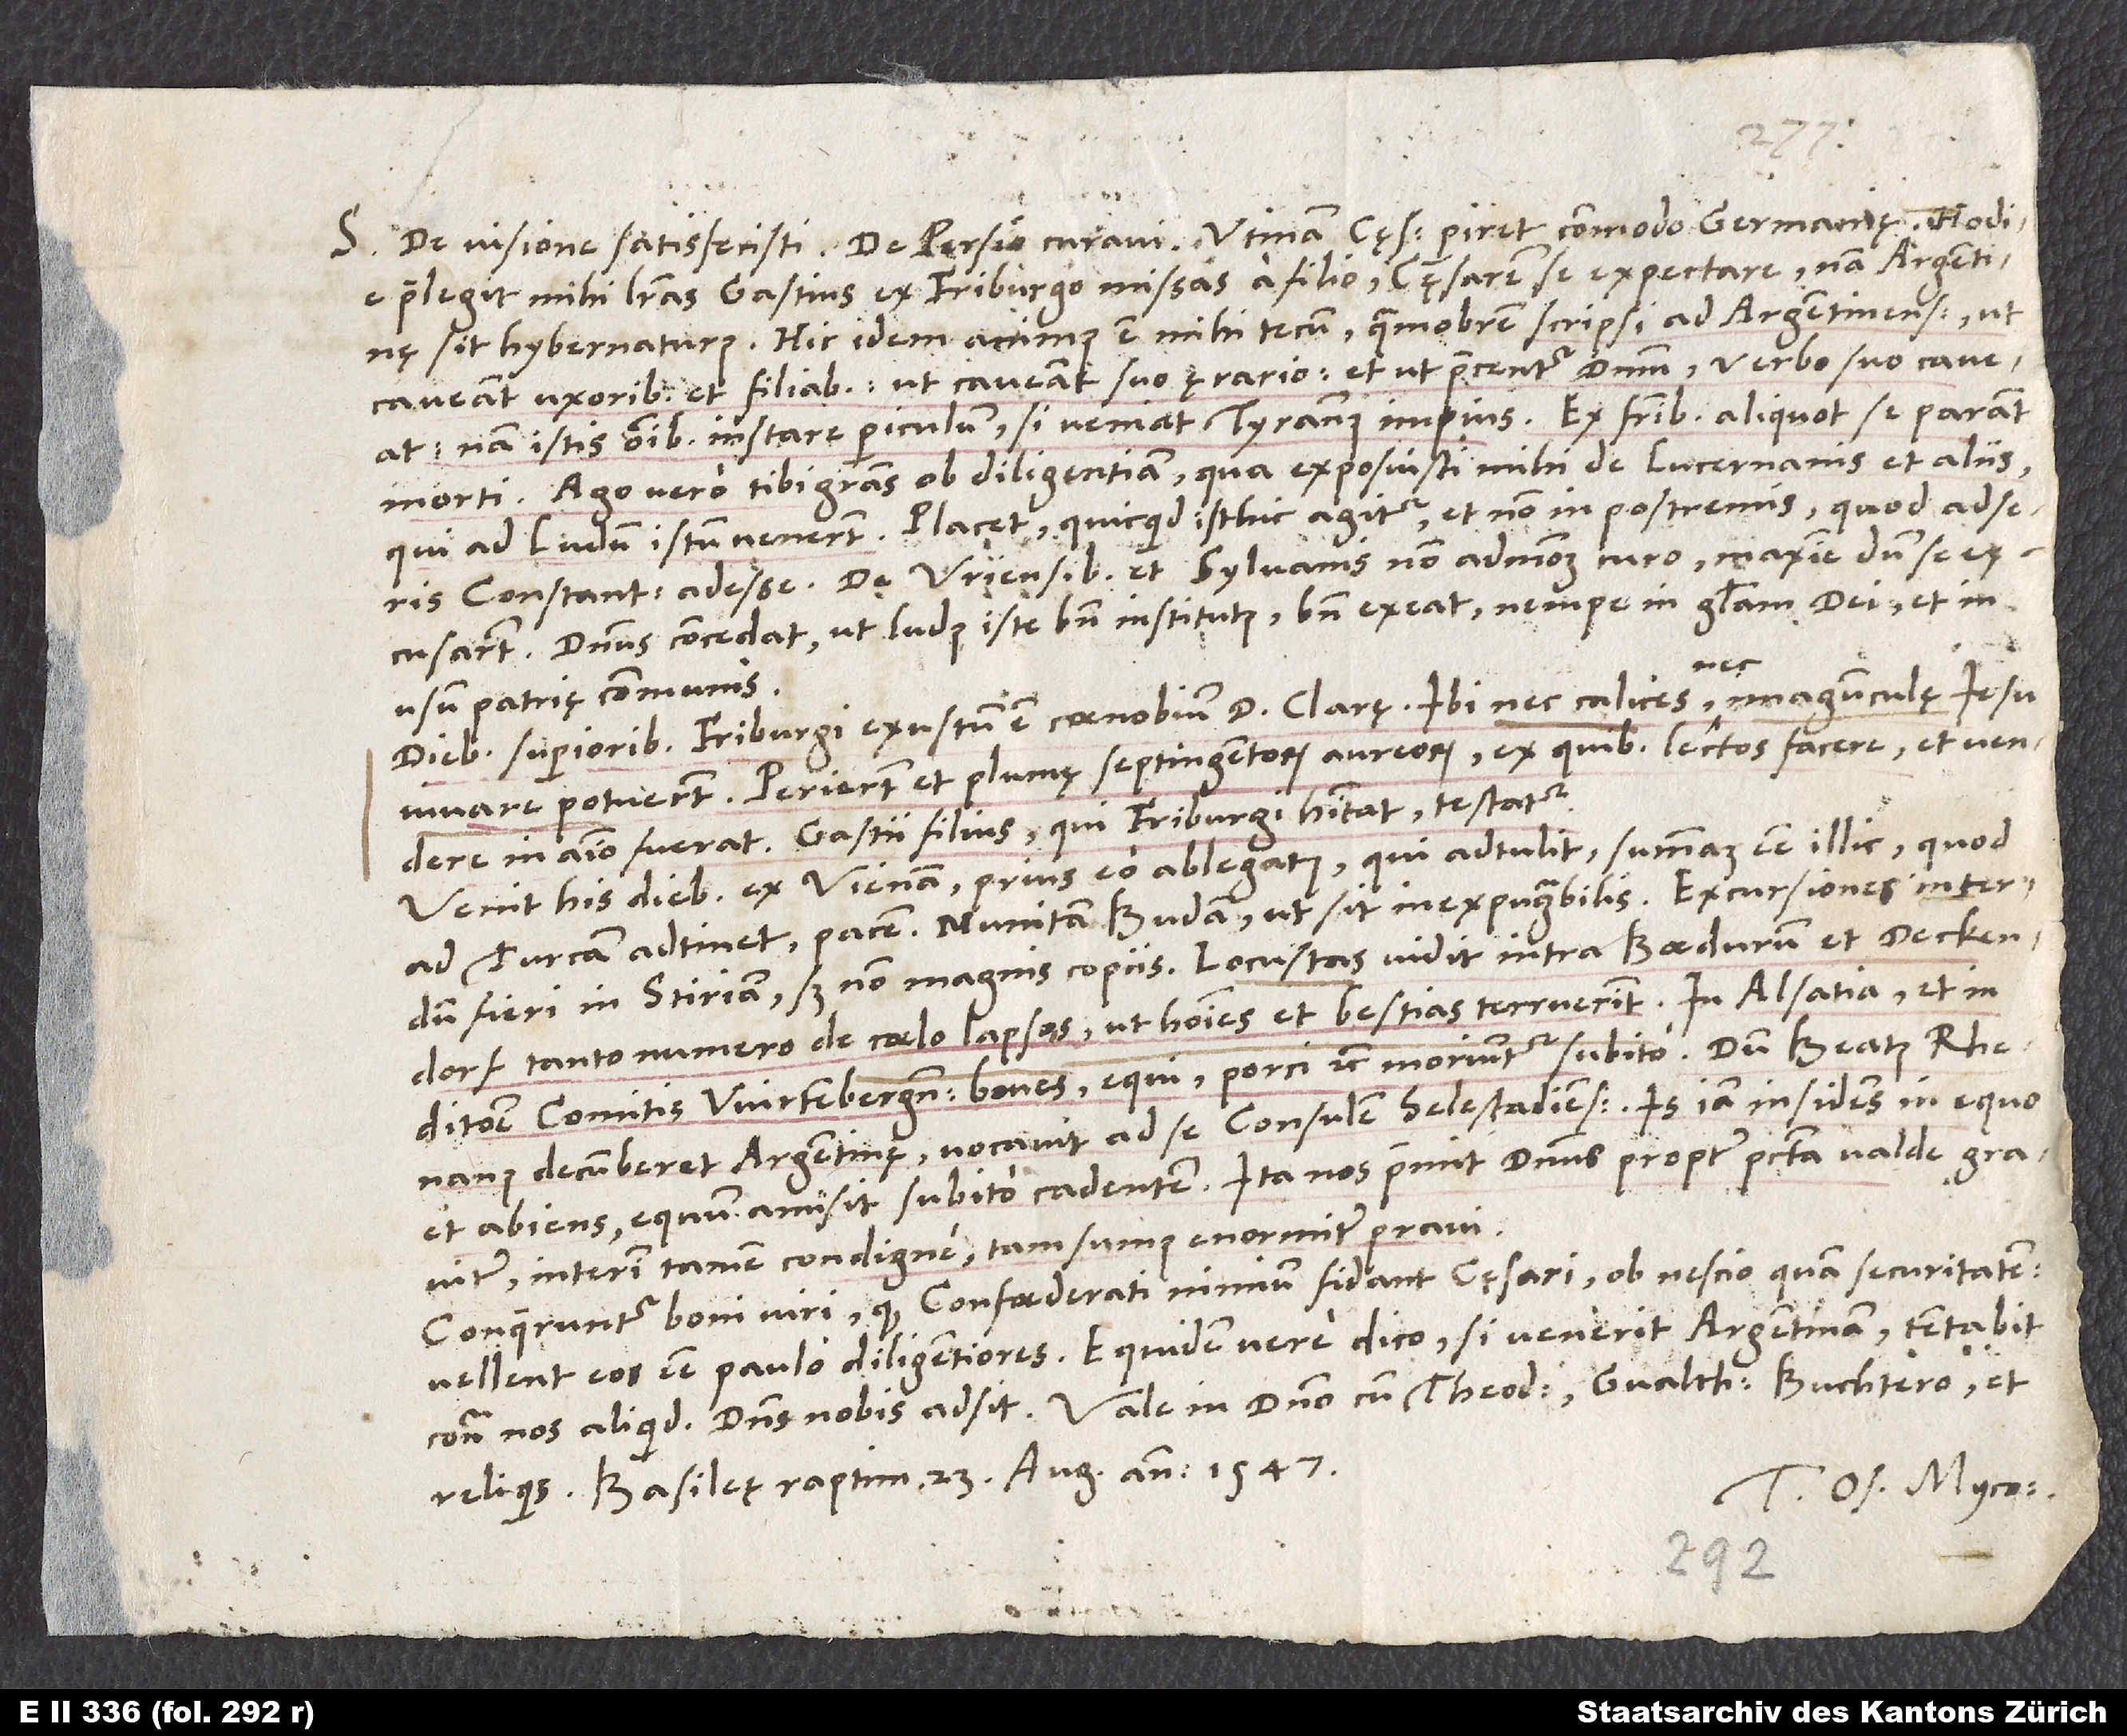
praelegit mihi literas Gastius ex Friburgo missas a filio: cęsarem se expectare, nam Argentinę
sit hybernaturus. Hic idem animus est mihi tecum, quamobrem scripsi ad Argentinenses, ut
caveant uxoribus et filiabus, ut caveant suo ęrario et ut precentur dominum, verbo suo caveat;
nam istis omnibus instare periculum, si veniat tyrannus impius. Ex fratribus aliquot se parant
Ago vero tibi gratias ob diligentiam, qua exposuisti mihi de Lucernanis et aliis,
qui ad ludum istum venerunt. Placet, quicquid isthic agitur, et non in postremis, quod adseris
Constantienses adesse. De Uriensibus et Sylvanis non admodum curo, maxime dum se
excusarent. Dominus concedat, ut ludus iste bene institutus bene exeat, nempe in gloriam dei et in
S.
usum patrię communis.
Diebus superioribus Friburgi exustum est coenobium d. Clarę. Ibi nec calices nec imagunculę Iesu
iuvare potuerunt. Perierunt et plumę septingentorum aureorum, ex quibus lectos facere et vendere
in animo fuerat. Gastii filius, qui Friburgi habitat, testatur.
Venit his diebus ex Vienna prius eo ablegatus, qui adtulit summam esse illic, quod
ad Turcam adtinet, pacem; munitam Budam, ut sit inexpugnabilis; excursiones interdum
fieri in Stiriam, sed non magnis copiis. Locustas vidit intra Boedurum et Deckendorf
tanto numero de coelo lapsas, ut homines et bestias terruerint. In Alsatia et in
ditione comitis Wirtembergensis boves, equi, porci, etc., moriuntur subito. Dum Beatus Rhenanus
decumberet Argentinę, vocavit ad se consulem Selestadiensem; is iam insidens in equo
et abiens equum amisit subito cadentem. Ita nos premit dominus propter peccata valde graviter,
interim tamen condigne: Tam sumus enormiter pravi!
Conqueruntur boni viri, quod Confoederati nimium fidant cęsari ob nescio quam securitatem;
vellent eos esse paulo diligentiores. Equidem vere dico, si venerit Argentinam, tentabit
reliquis. Basileę, raptim 23. augusti anno 1547.
Tuus Os. Myco.